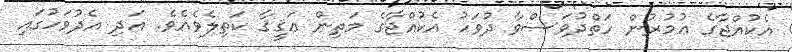
އެކުއްޖާގެ ޢުމުރުން ހަތްދުވަސްވާ ދުވަހު އެކުއްޖާގެ މަތިން ޢަޤީޤާ ކަތިލެވެއެވެ. އަދި އެދުވަހުގައި